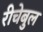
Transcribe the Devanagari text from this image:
रीचेबुल